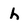
Character: h